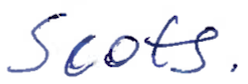
Text: Scots.
Cross-out: clean
Writing tool: ballpoint